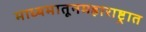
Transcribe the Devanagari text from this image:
माध्यमातूनमहाराष्ट्रात